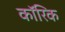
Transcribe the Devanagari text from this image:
कॉरिक